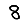
Digit: 8